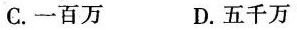
C.一百万 D.五千万